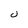
Character: j